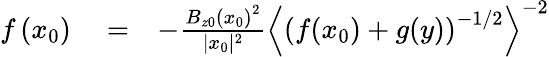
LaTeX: \begin{array}{rlr}{f\left(x_{0}\right)}&{{}=}&{-\frac{B_{z0}\left(x_{0}\right)^{2}}{|x_{0}|^{2}}\left\langle\left(f(x_{0})+g(y)\right)^{-1/2}\right\rangle^{-2}}\end{array}